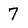
Character: 7